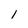
Character: 1